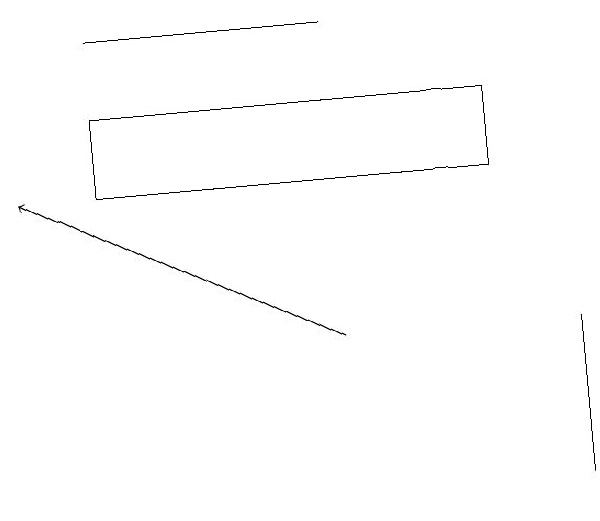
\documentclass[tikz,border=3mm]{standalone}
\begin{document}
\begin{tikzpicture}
\draw (9,11) rectangle (9,13);
\draw (3,17) rectangle (6,17);
\draw[->] (6,13) -- (2,15);
\draw (8,16) rectangle (3,15);
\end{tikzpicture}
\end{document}